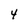
Character: 4